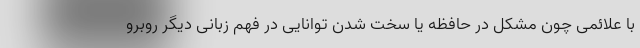
با علائمی چون مشکل در حافظه یا سخت شدن توانایی در فهم زبانی دیگر روبرو